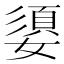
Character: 嬃